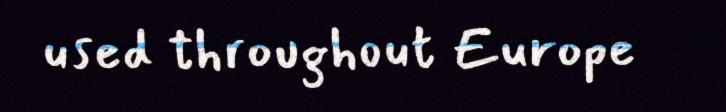
used throughout Europe